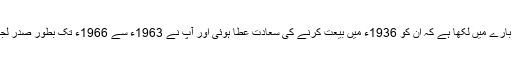
امیر صاحب امریکہ نے ان کے بارے میں لکھا ہے کہ ان کو 1936ء میں بیعت کرنے کی سعادت عطا ہوئی اور آپ نے 1963ء سے 1966ء تک بطور صدر لجنہ امریکہ خدمت کی توفیق پائی۔